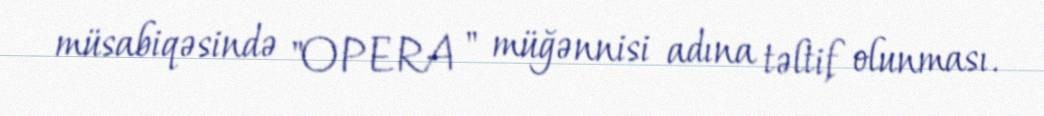
müsabiqəsində "OPERA " müğənnisi adına təltif olunması.